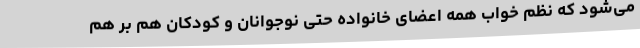
می‌شود که نظم خواب همه اعضای خانواده حتی نوجوانان و کودکان هم بر هم